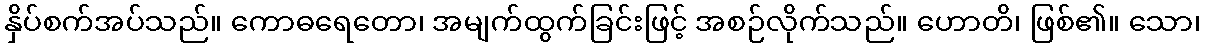
နှိပ်စက်အပ်သည်။ ကောဓရေတော၊ အမျက်ထွက်ခြင်းဖြင့် အစဉ်လိုက်သည်။ ဟောတိ၊ ဖြစ်၏။ သော၊